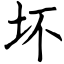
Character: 坏